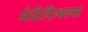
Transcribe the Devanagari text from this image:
मेटिरिअल्स